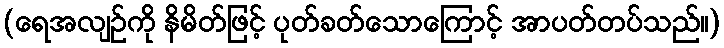
(ရေအလျဉ်ကို နိမိတ်ဖြင့် ပုတ်ခတ်သောကြောင့် အာပတ်တပ်သည်။)